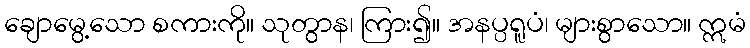
ချောမွေ့သော စကားကို။ သုတွာန၊ ကြား၍။ အနပ္ပရူပံ၊ များစွာသော။ ဣမံ